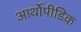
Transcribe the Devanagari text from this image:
आर्थोपीडिक